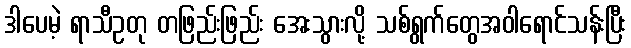
ဒါပေမဲ့ ရာသီဥတု တဖြည်းဖြည်း အေးသွားလို့ သစ်ရွက်တွေအဝါရောင်သန်းပြီး